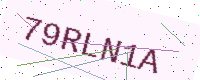
Text: 79RLN1A